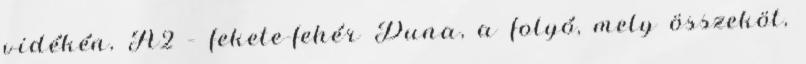
vidékén, A2 – fekete-fehér Duna, a folyó, mely összeköt,